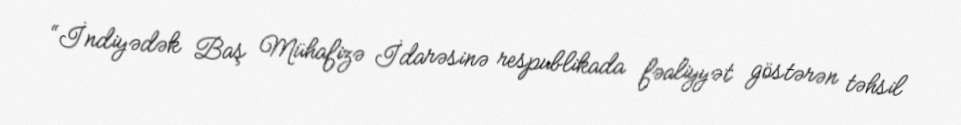
“İndiyədək Baş Mühafizə İdarəsinə respublikada fəaliyyət göstərən təhsil